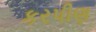
કરપીણ